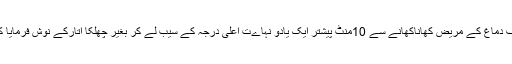
ضعف دماغ کے مریض کھاناکھانے سے 10منٹ پیشتر ایک یادو نہاےت اعلیٰ درجہ کے سیب لے کر بغیر چھلکا اتارکے نوش فرمایا کریں۔